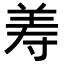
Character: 𦍸